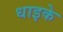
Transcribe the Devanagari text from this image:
धाइके